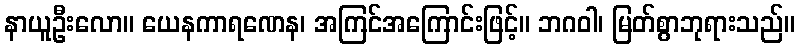
နာယူဦးလော။ ယေနကာရဏေန၊ အကြင်အကြောင်းဖြင့်။ ဘဂဝါ၊ မြတ်စွာဘုရားသည်။